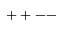
+ + --